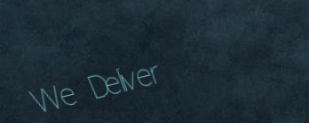
We Deliver